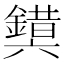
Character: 𰽉